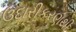
ઉદારીકરણથી